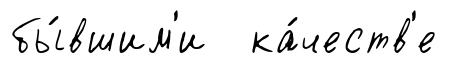
бы́вшим'и ка́честв'е